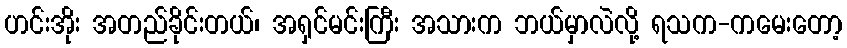
ဟင်းအိုး အတည်ခိုင်းတယ်၊ အရှင်မင်းကြီး အသားက ဘယ်မှာလဲလို့ ရသက-ကမေးတော့